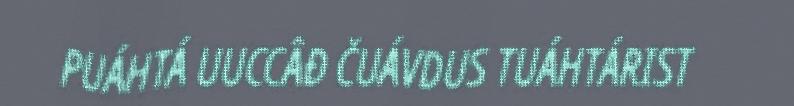
PUÁHTÁ UUCCÂĐ ČUÁVDUS TUÁHTÁRIST